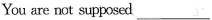
You are not supposed ___